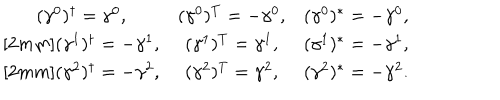
\begin{array} { c c c } { { ( \gamma ^ { 0 } ) ^ { \dagger } = \gamma ^ { 0 } , } } & { { ( \gamma ^ { 0 } ) ^ { T } = - \gamma ^ { 0 } , } } & { { ( \gamma ^ { 0 } ) ^ { * } = - \gamma ^ { 0 } , } } \\ { { ( \gamma ^ { 1 } ) ^ { \dagger } = - \gamma ^ { 1 } , } } & { { ( \gamma ^ { 1 } ) ^ { T } = \gamma ^ { 1 } , } } & { { ( \gamma ^ { 1 } ) ^ { * } = - \gamma ^ { 1 } , } } \\ { { ( \gamma ^ { 2 } ) ^ { \dagger } = - \gamma ^ { 2 } , } } & { { ( \gamma ^ { 2 } ) ^ { T } = \gamma ^ { 2 } , } } & { { ( \gamma ^ { 2 } ) ^ { * } = - \gamma ^ { 2 } . } } \\ \end{array}